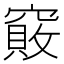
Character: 𥨇